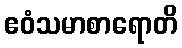
ဧဝံသမာစာရောတိ